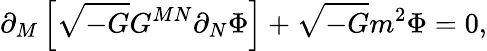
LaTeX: \partial_{M}\left[\sqrt{-G}G^{MN}\partial_{N}\Phi\right]+\sqrt{-G}m^{2}\Phi=0,